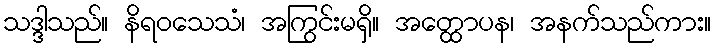
သဒ္ဒါသည်။ နိရဝသေသံ၊ အကြွင်းမရှိ။ အတ္ထောပန၊ အနက်သည်ကား။